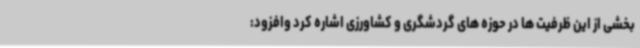
بخشی از این ظرفیت ها در حوزه های گردشگری و کشاورزی اشاره کرد وافزود: